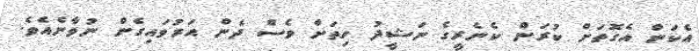
އެކަން އެގޮތަށް ކުރަން ކެނެރީގެ ނަޝީދު ހިތަށް ވެސް ދެން އަރުވައިގެން ނުވާނެއެވެ.